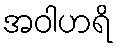
အဝါဟရိ